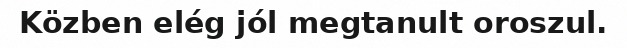
Közben elég jól megtanult oroszul.